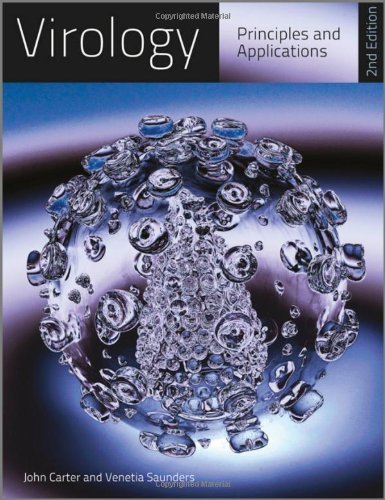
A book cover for Virology: Principles & Applications, 2/E (PB); John Carter; Medical Books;